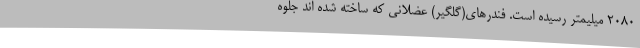
2080 میلیمتر رسیده است. فندرهای(گلگیر) عضلانی که ساخته شده اند جلوه